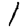
Digit: 1